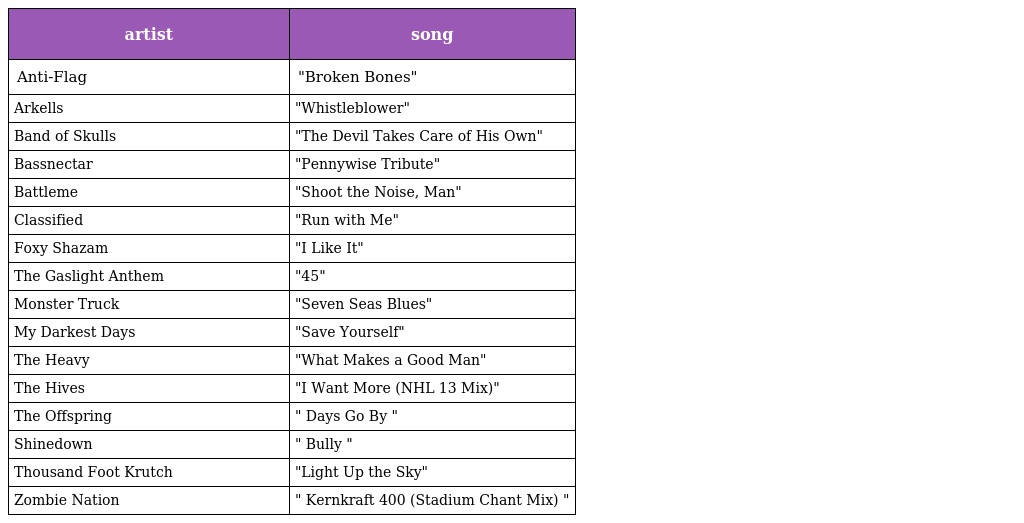
| artist | song |
 | --- | --- |
 | Anti-Flag | "Broken Bones" |
 | Arkells | "Whistleblower" |
 | Band of Skulls | "The Devil Takes Care of His Own" |
 | Bassnectar | "Pennywise Tribute" |
 | Battleme | "Shoot the Noise, Man" |
 | Classified | "Run with Me" |
 | Foxy Shazam | "I Like It" |
 | The Gaslight Anthem | "45" |
 | Monster Truck | "Seven Seas Blues" |
 | My Darkest Days | "Save Yourself" |
 | The Heavy | "What Makes a Good Man" |
 | The Hives | "I Want More (NHL 13 Mix)" |
 | The Offspring | " Days Go By " |
 | Shinedown | " Bully " |
 | Thousand Foot Krutch | "Light Up the Sky" |
 | Zombie Nation | " Kernkraft 400 (Stadium Chant Mix) " |